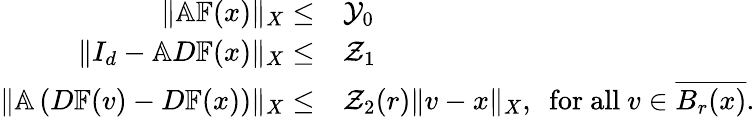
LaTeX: \begin{array}{rl}{\| \mathbb{A}\mathbb{F}(x)\| _{X}\leq}&{\mathcal{Y}_{0}}\\ {\| I_{d}-\mathbb{A}D\mathbb{F}(x)\| _{X}\leq}&{\mathcal{Z}_{1}}\\ {\| \mathbb{A}\left({D}\mathbb{F}(v)-D\mathbb{F}(x)\right)\| _{X}\leq}&{\mathcal{Z}_{2}(r)\| v-x\| _{X},~~\mathrm{for~all~}v\in\overline{{B_{r}(x)}}.}\end{array}